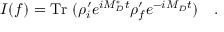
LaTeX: I ( f ) = \mathrm { T r } ~ ( \rho _ { i } ^ { \prime } e ^ { i M _ { D } ^ { * } t } \rho _ { f } ^ { \prime } e ^ { - i M _ { D } t } ) ~ ~ ~ .